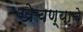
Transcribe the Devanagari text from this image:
खेचण्याचे